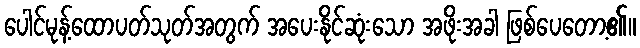
ပေါင်မုန့်ထောပတ်သုတ်အတွက် အပေးနိုင်ဆုံးသော အဖိုးအခါ ဖြစ်ပေတော့၏။